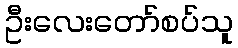
ဦးလေးတော်စပ်သူ